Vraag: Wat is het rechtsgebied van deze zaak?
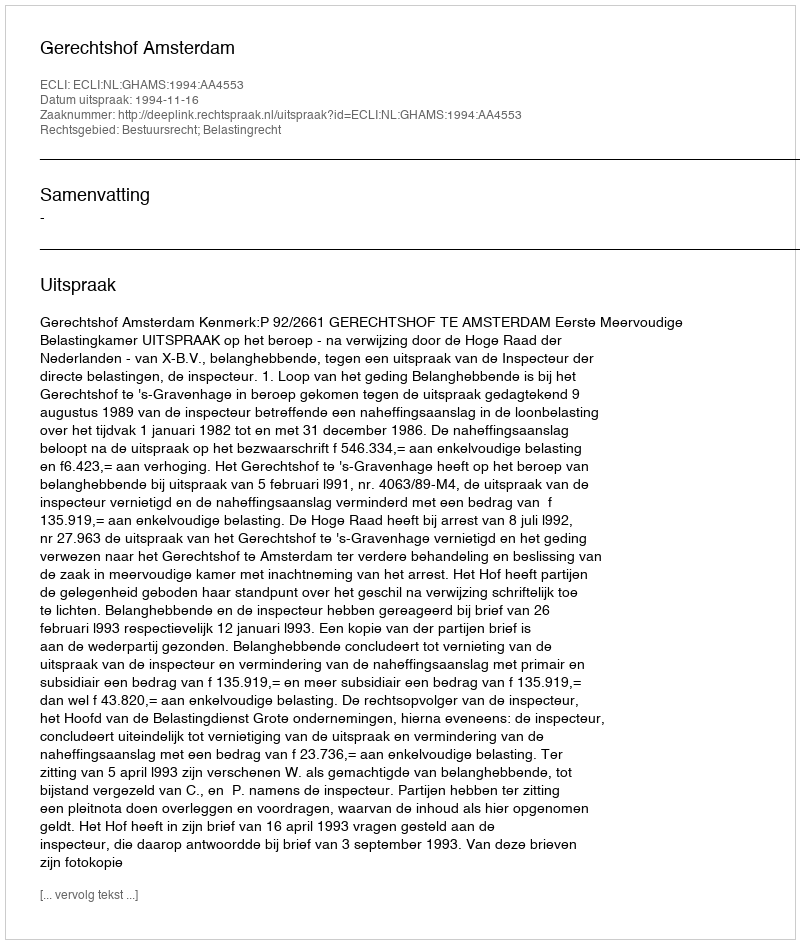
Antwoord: Bestuursrecht; Belastingrecht